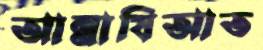
আন্নাযিআত